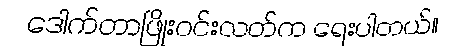
ဒေါက်တာဖြိုးဝင်းလတ်က ရေးပါတယ်။